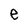
Character: e